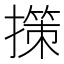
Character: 㩍